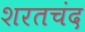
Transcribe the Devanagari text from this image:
शरतचंद